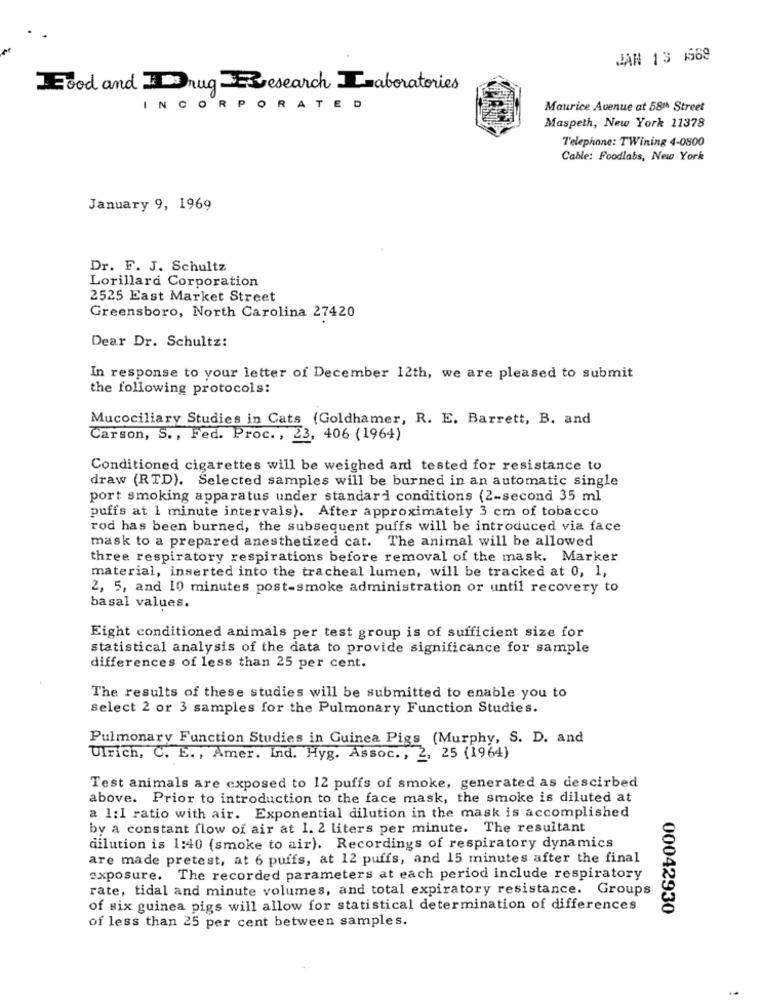
JAN 13 169
Food and Drug Research Laboratories
INCORPORATED
Maurice Avenue at 58th Street
Maspeth, New York 11378
Telephone: TWining 4-0800
Cable: Foodlabs, New York
January 9, 1969
Dr. F. J. Schultz
Lorillard Corporation
2525 East Market Street
Greensboro, North Carolina 27420
Dear Dr. Schultz:
In response to your letter of December 12th, we are pleased to submit
the following protocols:
Mucociliary Studies in Cats (Goldhamer, R. E. Barrett, B. and
Carson, S ., Fed. Proc. , 23, 406 (1964)
Conditioned cigarettes will be weighed and tested for resistance to
draw (RTD). Selected samples will be burned in an automatic single
port smoking apparatus under standard conditions (2-second 35 ml
puffs at 1 minute intervals). After approximately 3 cm of tobacco
rod has been burned, the subsequent puffs will be introduced via face
mask to a prepared anesthetized cat. The animal will be allowed
three respiratory respirations before removal of the mask. Marker
material, inserted into the tracheal lumen, will be tracked at 0, 1,
2, 5, and 10 minutes post-smoke administration or until recovery to
basal values.
Eight conditioned animals per test group is of sufficient size for
statistical analysis of the data to provide significance for sample
differences of less than 25 per cent.
The results of these studies will be submitted to enable you to
select 2 or 3 samples for the Pulmonary Function Studies.
Pulmonary Function Studies in Guinea Pigs (Murphy, S. D. and
Ulrich, C. E ., Amer. Ind. Hyg. Assoc ., 2, 25 (1964)
Test animals are exposed to 12 puffs of smoke, generated as descirbed
above. Prior to introduction to the face mask, the smoke is diluted at
a 1:1 ratio with air. Exponential dilution in the mask is accomplished
by a constant flow of air at 1. 2 liters per minute. The resultant
dilution is 1:40 (smoke to air). Recordings of respiratory dynamics
are made pretest, at 6 puffs, at 12 puffs, and 15 minutes after the final
exposure. The recorded parameters at each period include respiratory
rate, tidal and minute volumes, and total expiratory resistance. Groups
of six guinea pigs will allow for statistical determination of differences
00042930
of less than 25 per cent between samples.